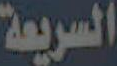
السريعة